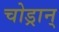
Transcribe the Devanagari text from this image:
चोड्रान्‌